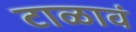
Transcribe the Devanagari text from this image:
टाळावं